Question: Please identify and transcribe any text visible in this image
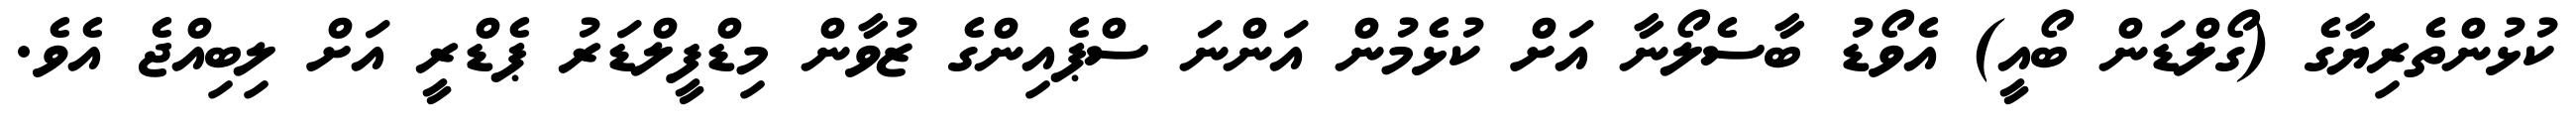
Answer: ކުޅުންތެރިޔާގެ (ގޯލްޑަން ބޯއީ) އެވޯޑު ބާސެލޯނާ އަށް ކުޅެމުން އަންނަ ސްޕެއިންގެ ޒުވާން މިޑްފީލްޑަރު ޕެޑްރީ އަށް ލިބިއްޖެ އެވެ.